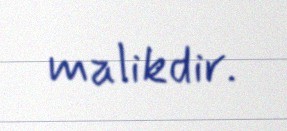
malikdir.